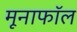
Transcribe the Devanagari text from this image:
मूनाफॉल